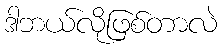
ဒါဘယ်လိုဖြစ်တာလဲ